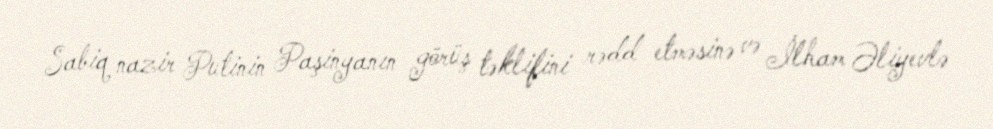
Sabiq nazir Putinin Paşinyanın görüş təklifini rədd etməsinə və İlham Əliyevlə